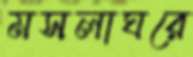
মসলাঘরে